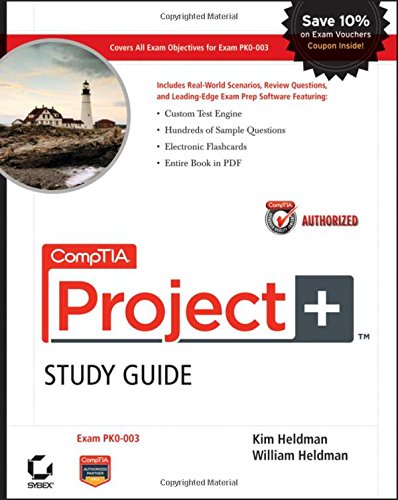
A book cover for CompTIA Project+ Study Guide Authorized Courseware: Exam PK0-003; Kim Heldman; Engineering & Transportation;